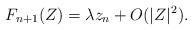
LaTeX: \begin{align*}F_{n+1}(Z)=\lambda z_{n} + O(|Z|^2).\end{align*}